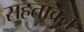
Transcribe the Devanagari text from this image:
सहतावन